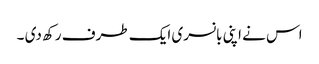
اس نے اپنی بانسری ایک طرف رکھ دی ۔